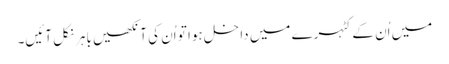
میں اُن کے کٹہرے میں داخل ہوا تو اُن کی آنکھیں باہر نکل آئیں۔